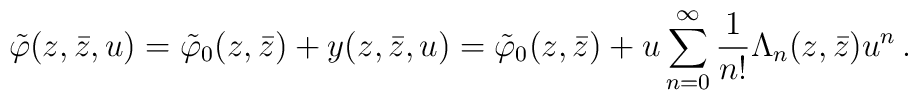
\tilde{\varphi}(z,\bar{z},u)=\tilde{\varphi}_0(z,\bar{z})+y(z,\bar{z},u)=\tilde{\varphi}_0(z,\bar{z})+u\sum^{\infty}_{n=0}\frac{1}{n!}\Lambda_n(z,\bar{z})u^n\,.